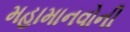
મહામાનવોની